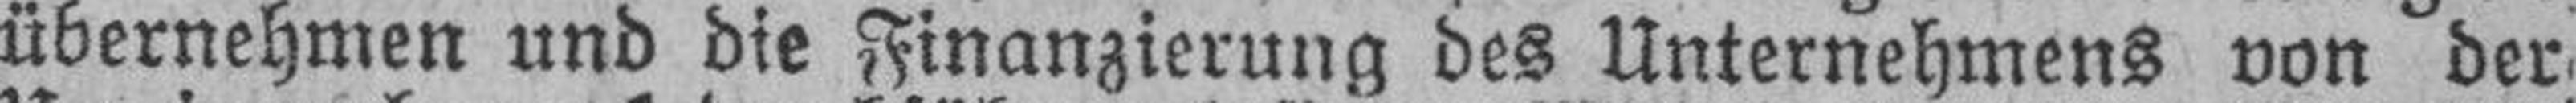
übernehmen und die Finanzierung des Unternehmens von der